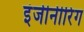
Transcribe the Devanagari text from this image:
इंजीनीरिंग